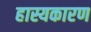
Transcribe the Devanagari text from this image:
हास्यकारण